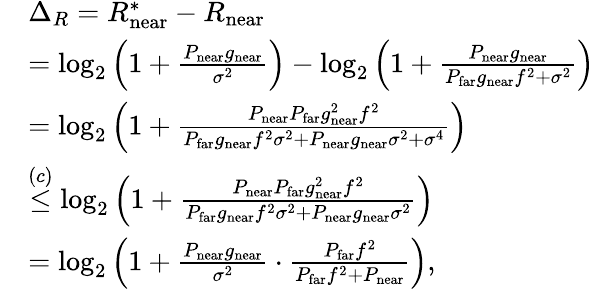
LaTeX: \begin{array}{rl}&{\Delta_{R}=R_{\mathrm{near}}^{*}-R_{\mathrm{near}}}\\ &{=\log_{2}\left(1+\frac{P_{\mathrm{near}}g_{\mathrm{near}}}{\sigma^{2}}\right)-\log_{2}\left(1+\frac{P_{\mathrm{near}}g_{\mathrm{near}}}{P_{\mathrm{far}}g_{\mathrm{near}}f^{2}+\sigma^{2}}\right)}\\ &{=\log_{2}\left(1+\frac{P_{\mathrm{near}}P_{\mathrm{far}}g_{\mathrm{near}}^{2}f^{2}}{P_{\mathrm{far}}g_{\mathrm{near}}f^{2}\sigma^{2}+P_{\mathrm{near}}g_{\mathrm{near}}\sigma^{2}+\sigma^{4}}\right)}\\ &{\stackrel{(c)}{\le}\log_{2}\left(1+\frac{P_{\mathrm{near}}P_{\mathrm{far}}g_{\mathrm{near}}^{2}f^{2}}{P_{\mathrm{far}}g_{\mathrm{near}}f^{2}\sigma^{2}+P_{\mathrm{near}}g_{\mathrm{near}}\sigma^{2}}\right)}\\ &{=\log_{2}\left(1+\frac{P_{\mathrm{near}}g_{\mathrm{near}}}{\sigma^{2}}\cdot\frac{P_{\mathrm{far}}f^{2}}{P_{\mathrm{far}}f^{2}+P_{\mathrm{near}}}\right),}\end{array}